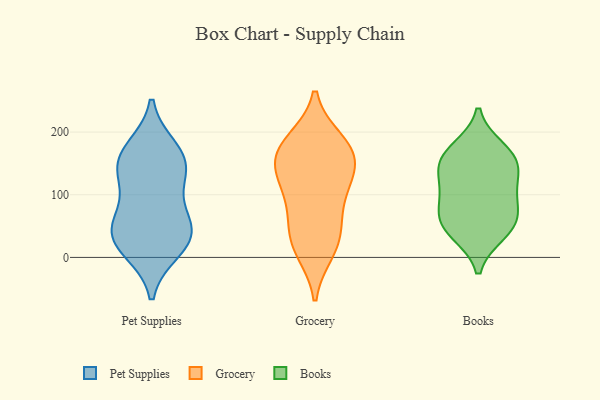
{"axis": {"x": "LTV (USD)", "y": "Value"}, "legend": ["Books", "Grocery", "Pet Supplies"], "data": [{"x": "", "y": 28, "type": "Pet Supplies"}, {"x": "", "y": 40, "type": "Pet Supplies"}, {"x": "", "y": 144, "type": "Pet Supplies"}, {"x": "", "y": 171, "type": "Pet Supplies"}, {"x": "", "y": 44, "type": "Pet Supplies"}, {"x": "", "y": 48, "type": "Pet Supplies"}, {"x": "", "y": 150, "type": "Pet Supplies"}, {"x": "", "y": 151, "type": "Pet Supplies"}, {"x": "", "y": 98, "type": "Pet Supplies"}, {"x": "", "y": 14, "type": "Pet Supplies"}, {"x": "", "y": 185, "type": "Grocery"}, {"x": "", "y": 11, "type": "Grocery"}, {"x": "", "y": 165, "type": "Grocery"}, {"x": "", "y": 123, "type": "Grocery"}, {"x": "", "y": 171, "type": "Grocery"}, {"x": "", "y": 77, "type": "Grocery"}, {"x": "", "y": 24, "type": "Grocery"}, {"x": "", "y": 64, "type": "Grocery"}, {"x": "", "y": 179, "type": "Grocery"}, {"x": "", "y": 128, "type": "Grocery"}, {"x": "", "y": 26, "type": "Grocery"}, {"x": "", "y": 120, "type": "Grocery"}, {"x": "", "y": 156, "type": "Grocery"}, {"x": "", "y": 109, "type": "Books"}, {"x": "", "y": 141, "type": "Books"}, {"x": "", "y": 40, "type": "Books"}, {"x": "", "y": 71, "type": "Books"}, {"x": "", "y": 155, "type": "Books"}, {"x": "", "y": 102, "type": "Books"}, {"x": "", "y": 172, "type": "Books"}, {"x": "", "y": 157, "type": "Books"}, {"x": "", "y": 47, "type": "Books"}, {"x": "", "y": 60, "type": "Books"}]}